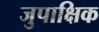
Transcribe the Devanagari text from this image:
जुपाक्षिक